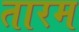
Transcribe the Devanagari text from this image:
तारम